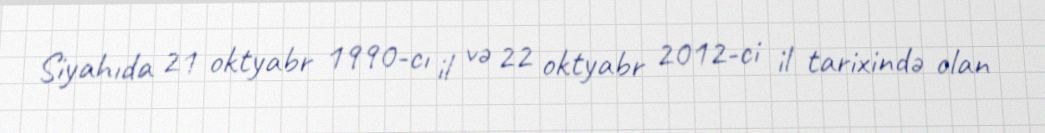
Siyahıda 21 oktyabr 1990-cı il və 22 oktyabr 2012-ci il tarixində olan